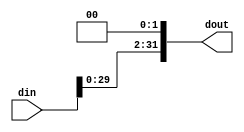

`timescale 1ns/1ns
module shiftLeft2
    #(parameter N=32)
    (input [N-1:0] din,
    output [N-1:0] dout);
    
assign dout = (din << 2);
endmodule